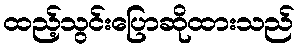
ထည့်သွင်းပြောဆိုထားသည်